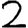
Digit: 2